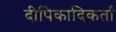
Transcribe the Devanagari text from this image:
दीपिकादिकर्ता